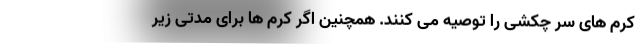
کرم های سر چکشی را توصیه می کنند. همچنین اگر کرم ها برای مدتی زیر